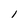
Character: 1